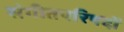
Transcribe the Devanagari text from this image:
संगीतपरिषदों